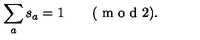
\sum _ { a } s _ { a } = 1 \qquad ( \textrm { m o d } 2 ) .